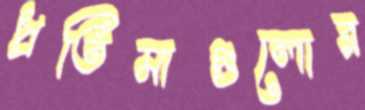
প্রতিমাগুলোর